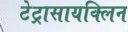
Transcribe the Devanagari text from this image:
टेट्रासायक्लिन